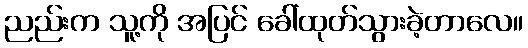
ညည်းက သူ့ကို အပြင် ခေါ်ထုတ်သွားခဲ့တာလေ။